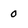
Character: 0